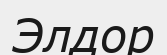
Элдор